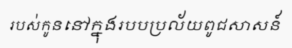
របស់កូននៅក្នុងរបបប្រល័យពូជសាសន៍